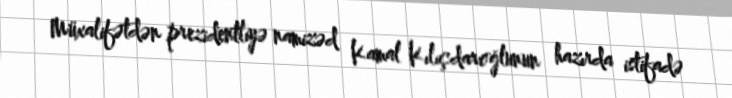
Müxalifətdən prezidentliyə namizəd Kamal Kılıçdaroğlunun hazırda istifadə